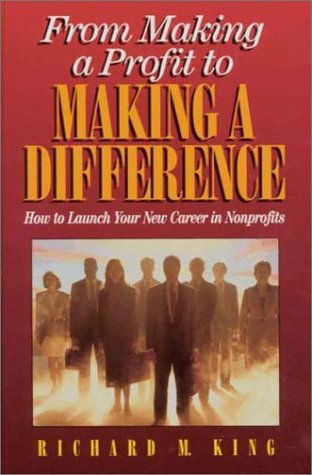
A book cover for From Making a Profit to Making a Difference: Careers in Non-Profits for Business Professionals; Richard M. King; Business & Money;